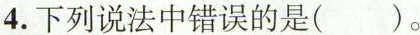
4.下列说法中错误的是( )。